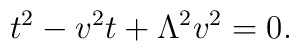
t^2 - v^2 t + \Lambda^2 v^2 = 0.